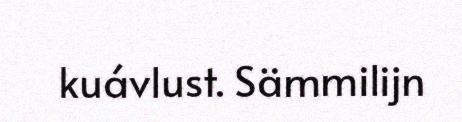
kuávlust. Sämmilijn